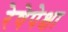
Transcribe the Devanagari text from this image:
रेषेपेक्षा